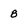
Character: B